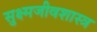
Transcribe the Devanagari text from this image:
सुक्ष्मजीवशास्त्र